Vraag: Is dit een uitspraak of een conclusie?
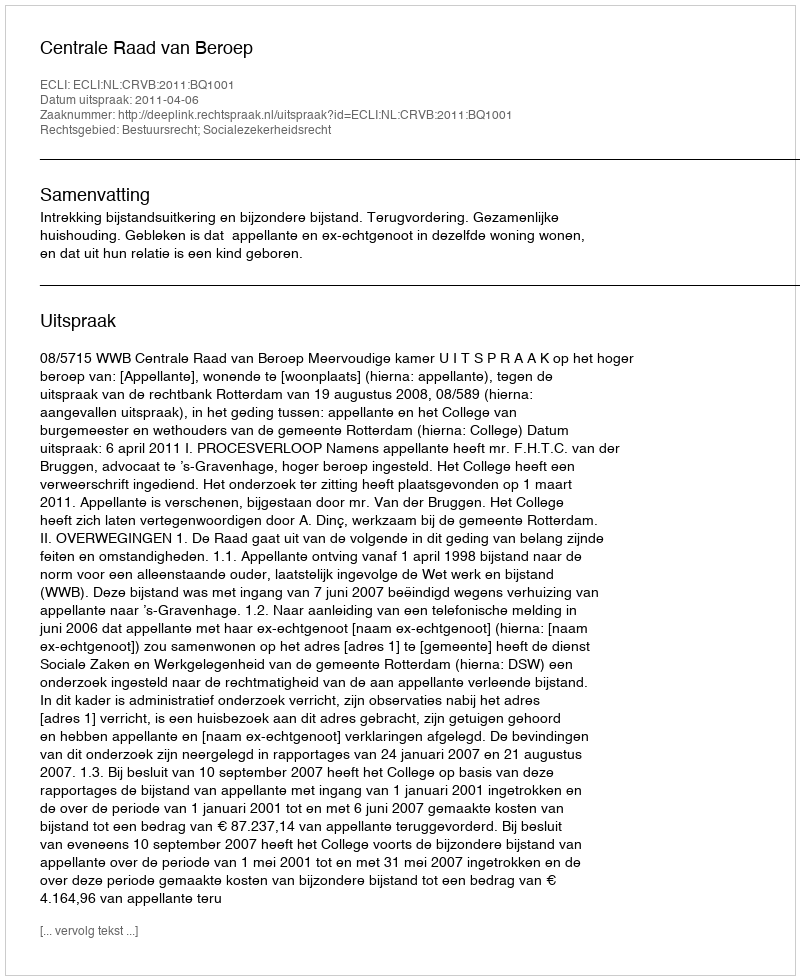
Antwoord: Uitspraak